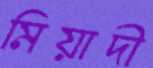
মিয়াদী